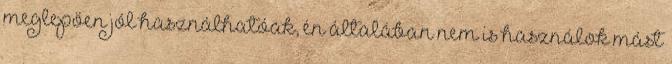
meglepően jól használhatóak, én általában nem is használok mást